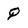
Character: Q